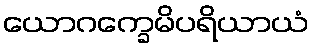
ယောဂက္ခေမိပရိယာယံ